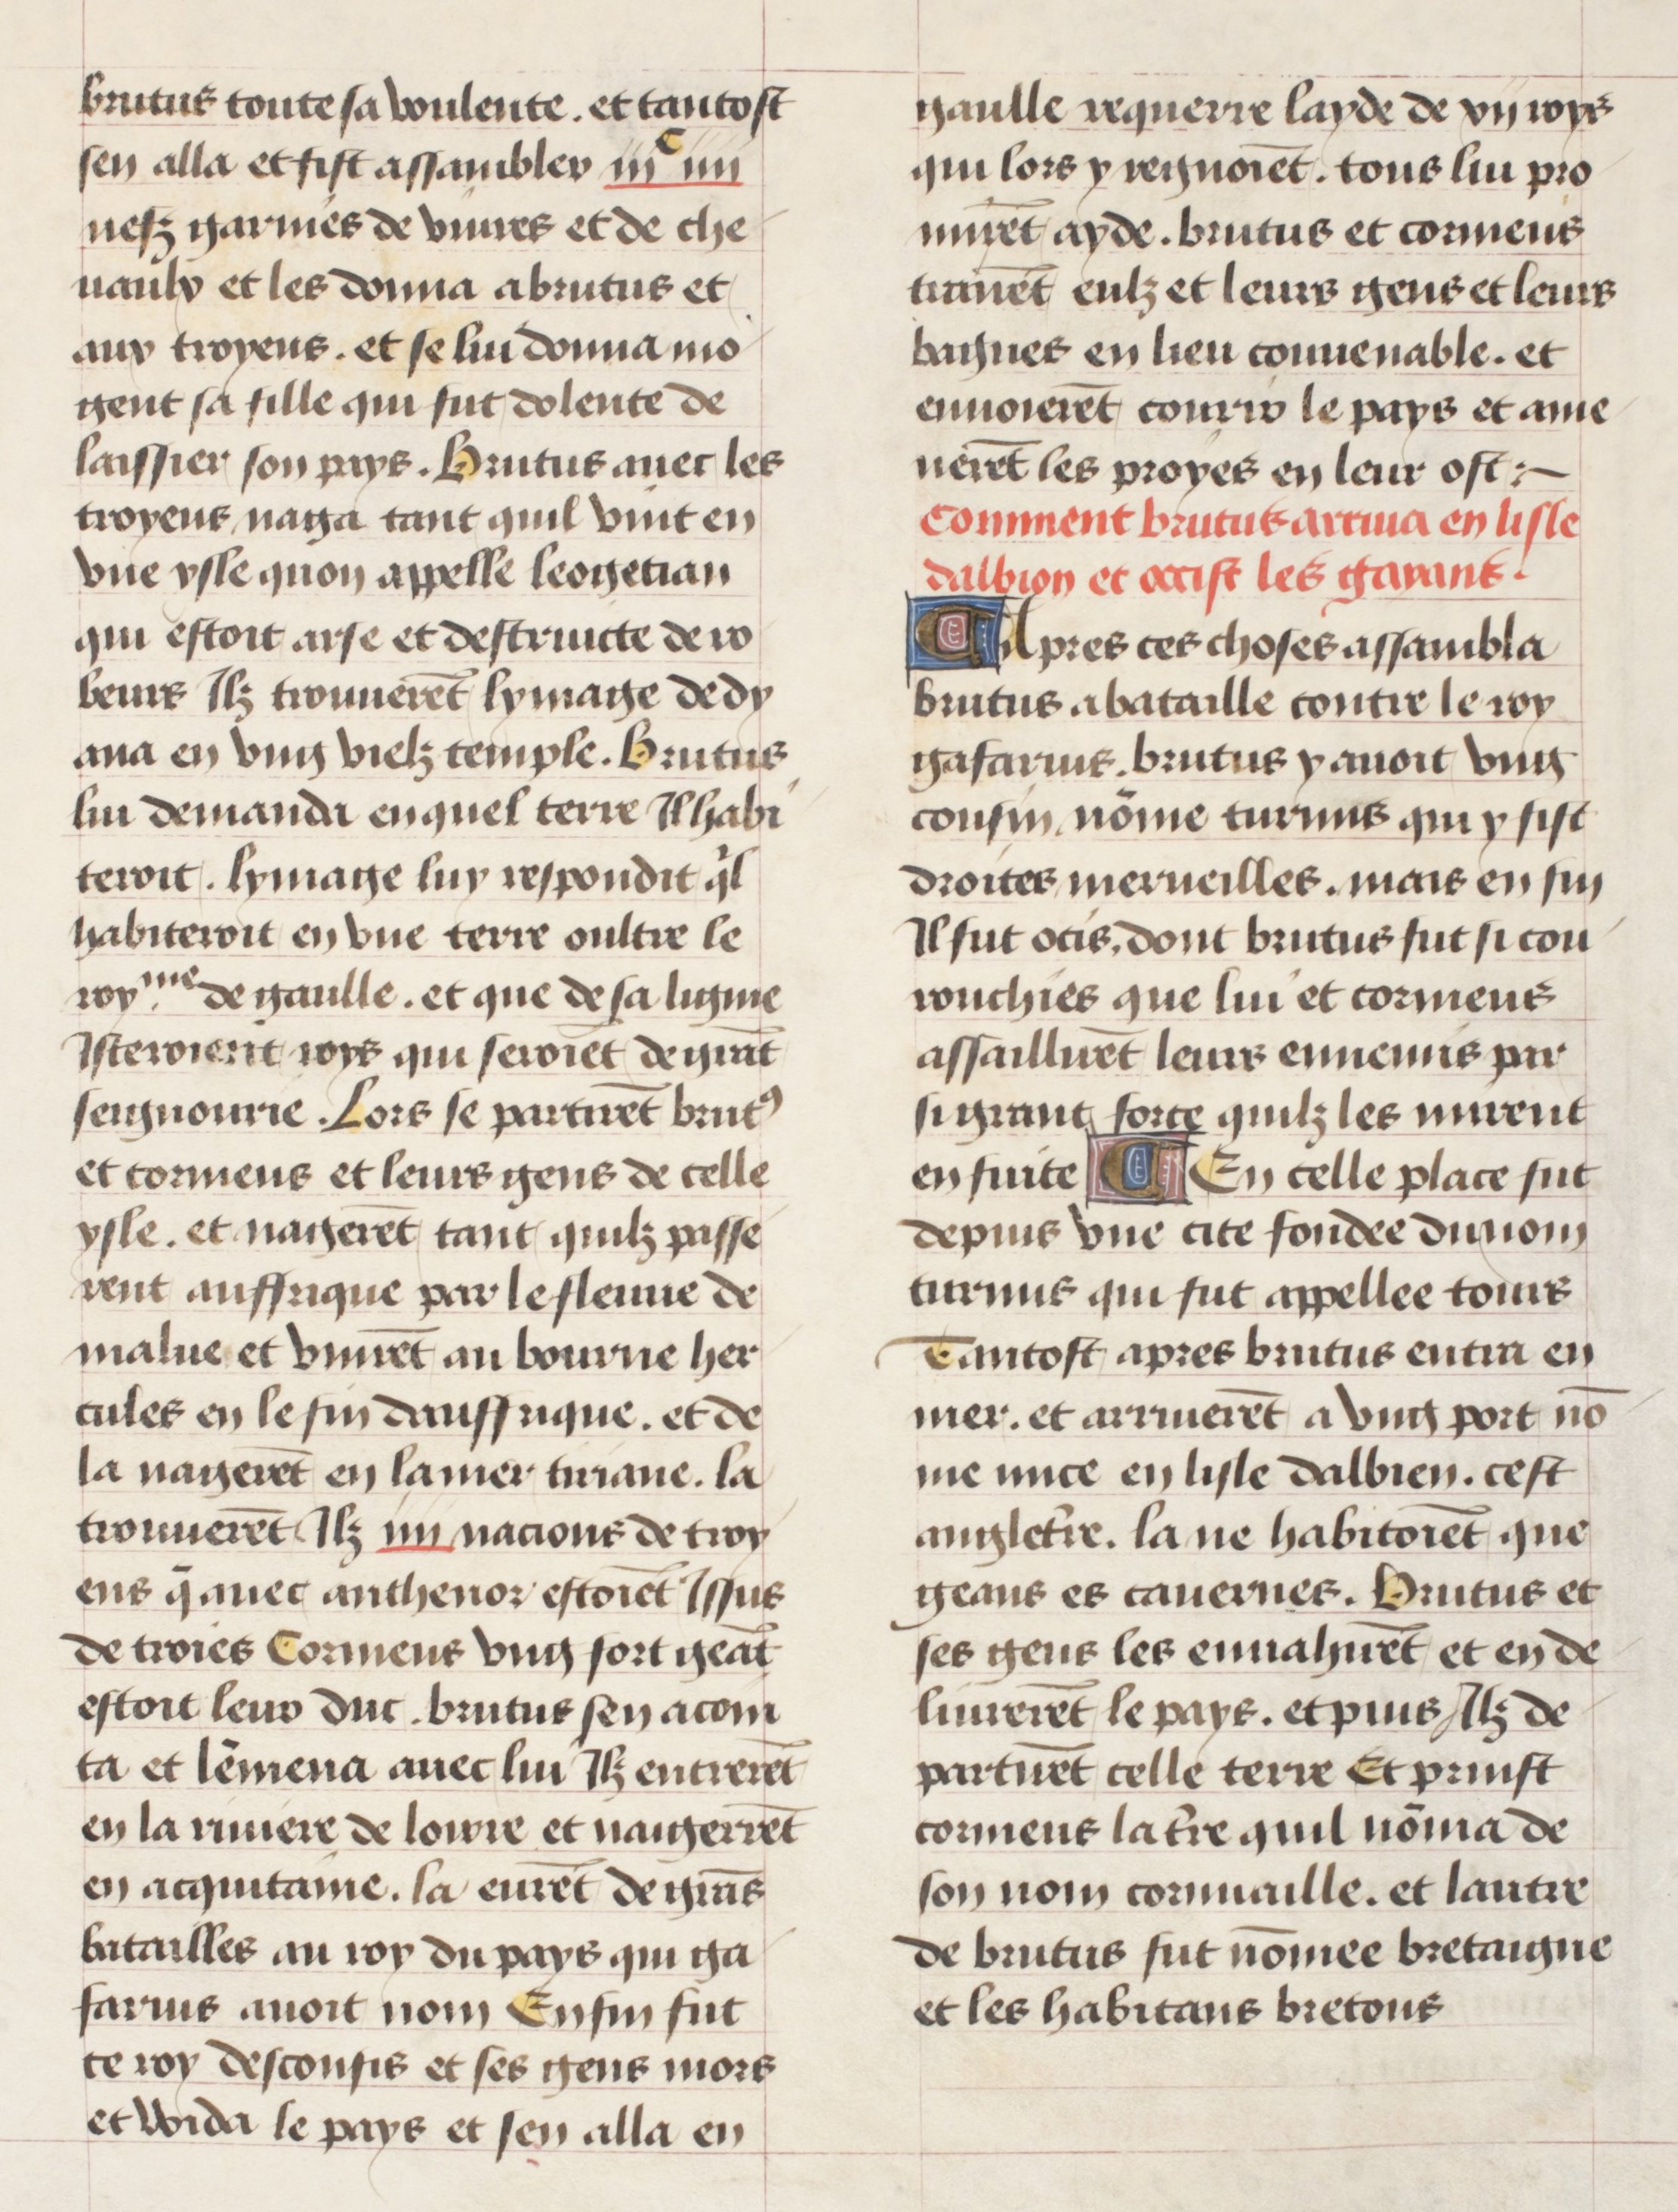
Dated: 1475–1485